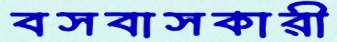
বসবাসকারী